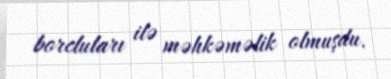
borcluları ilə məhkəməlik olmuşdu.